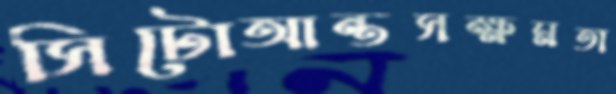
সিটোআন্তসক্ষমতা